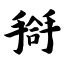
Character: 搿